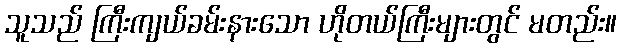
သူသည် ကြီးကျယ်ခမ်းနားသော ဟိုတယ်ကြီးများတွင် မတည်း။